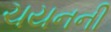
ચયનની